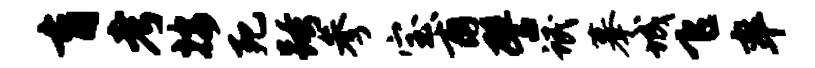
育考按死跨参宝甫譬氓摹城飞率